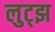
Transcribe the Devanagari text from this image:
लुट्झ